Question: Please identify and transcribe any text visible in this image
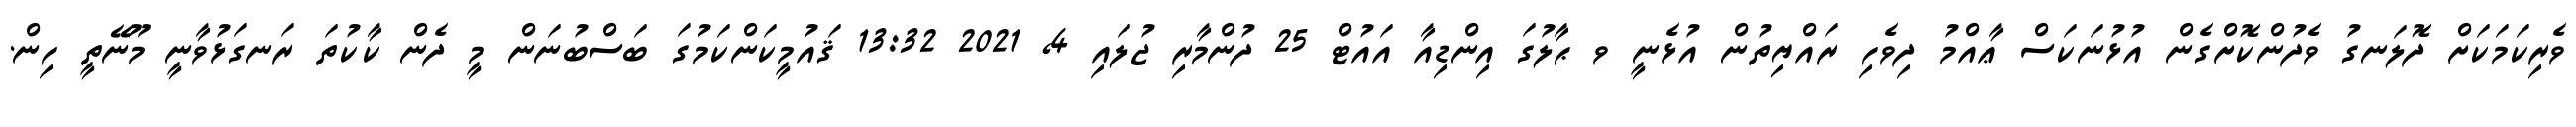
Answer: ވެރިކަމަކަށް ދޮލަނގު ވެދުންކޮށްގެން އުޅުނަކަސް ޢާއްމު ދިވެހި ރައްޔިތުން އުޅެނީ ވ ޙާލުގަ އިންޑިއާ އައުޓް 25 ދުންމާރި ޖުލައި 4, 2021 13:32 ޤައުމީކަންކަމުގަ ބަސްބުނަން މީ ދެން ކާކުތަ ރަނގަޅުވާނީ މޫނޭތީ ހިން.